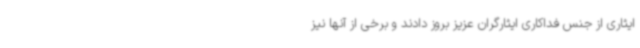
ایثاری از جنس فداکاری ایثارگران عزیز بروز دادند و برخی از آنها نیز